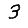
Digit: 3